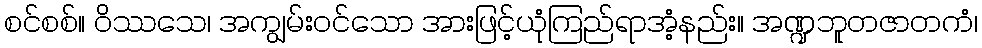
စင်စစ်။ ဝိဿသေ၊ အကျွမ်းဝင်သော အားဖြင့်ယုံကြည်ရာအံ့နည်း။ အဏ္ဍဘူတဇာတကံ၊